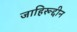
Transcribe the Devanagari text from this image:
जाहिरूद्दीन